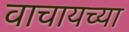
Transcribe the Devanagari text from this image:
वाचायच्या